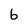
Character: b